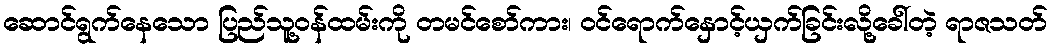
ဆောင်ရွက်နေသော ပြည်သူ့ဝန်ထမ်းကို တမင်စော်ကား၊ ဝင်ရောက်နှောင့်ယှက်ခြင်းလို့ခေါ်တဲ့ ရာဇသတ်